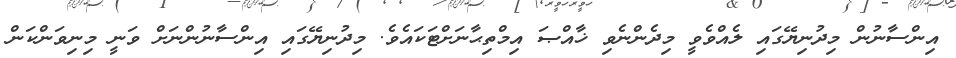
އިންސާނުން މިދުނިޔޭގައި ލެއްވެވީ މިދެންނެވި ޚާއްޞަ އިމްތިޙާނަށްޓަކައެވެ. މިދުނިޔޭގައި އިންސާނުންނަށް ވަނީ މިނިވަންކަން